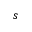
s